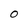
Character: O